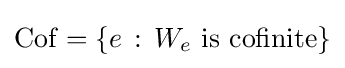
\mathrm {Cof} =\{e\,:\,W_{e}{\text{ is cofinite}}\}